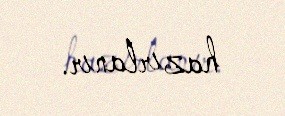
hazırlanır.